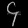
Digit: ၄